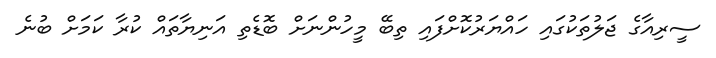
ސީރިއާގެ ޖަލުތަކުގައި ހައްޔަރުކޮށްފައި ތިބޭ މީހުންނަށް ބޮޑެތި އަނިޔާތައް ކުރާ ކަމަށް ބުނެ